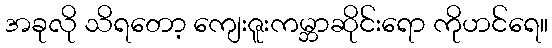
အခုလို သိရတော့ ကျေးဇူးကမ္ဘာဆိုင်းရော ကိုဟင်ရေ။